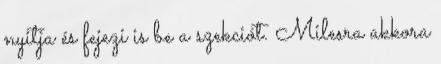
nyitja és fejezi is be a szekciót. Milesra akkora